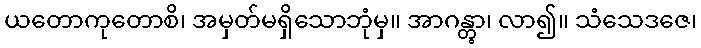
ယတောကုတောစိ၊ အမှတ်မရှိသောဘုံမှ။ အာဂန္တွာ၊ လာ၍။ သံသေဒဇေ၊